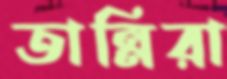
তান্নিরা